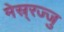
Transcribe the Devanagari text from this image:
मेस्र्रज्जु